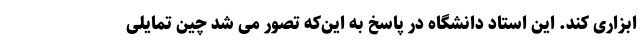
ابزاری کند. این استاد دانشگاه در پاسخ به این‌که تصور می شد چین تمایلی